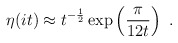
\begin{align*}\eta (it) \approx t^{-\frac{1}{2}} \exp\left(\frac{\pi}{12 t}\right)~.\end{align*}